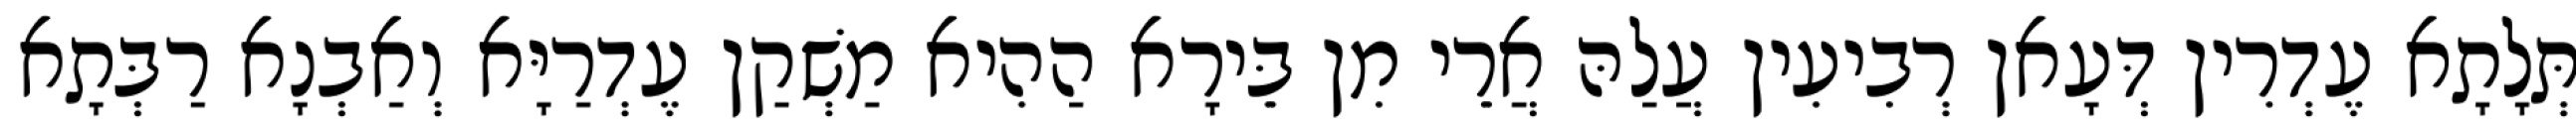
תְּלָתָא עֶדְרִין דְּעָאן רְבִיעִין עֲלַהּ אֲרֵי מִן בֵּירָא הַהִיא מַשְׁקַן עֶדְרַיָּא וְאַבְנָא רַבְּתָא